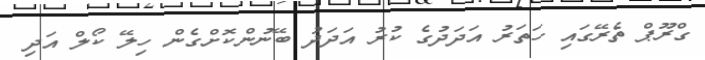
ގްރޫޕް ތެރޭގައި ހަތަރު އަދަދުގެ ކުރު އަދަދު ބޭނުންކޮށްގެން ހިލޭ ކޯލް އަދި